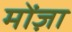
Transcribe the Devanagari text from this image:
मोंज़ा